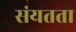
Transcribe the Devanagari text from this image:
संयतता